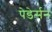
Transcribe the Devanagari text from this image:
पेडेर्सन